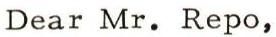
Dear Mr. Repo,